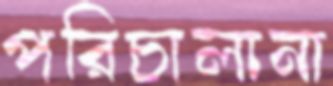
পরিচালানা